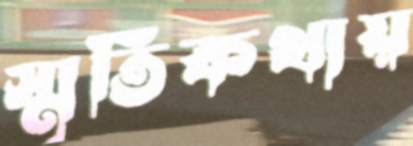
স্মৃতিকথায়